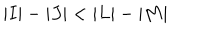
LaTeX: \vert I \vert - \vert J \vert < \vert L \vert - \vert M \vert